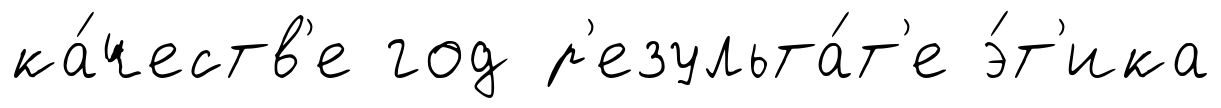
ка́честв'е год р'езульта́т'е э́т'ика